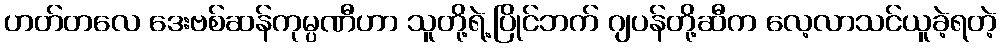
ဟတ်တလေ ဒေးဗစ်ဆန်ကုမ္ပဏီဟာ သူတို့ရဲ့ပြိုင်ဘက် ဂျပန်တို့ဆီက လေ့လာသင်ယူခဲ့ရတဲ့